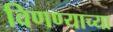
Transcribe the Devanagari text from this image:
विणण्याच्या